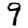
Digit: 9